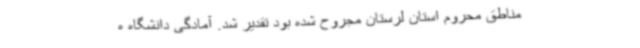
مناطق محروم استان لرستان مجروح شده بود تقدیر شد. آمادگی دانشگاه ه